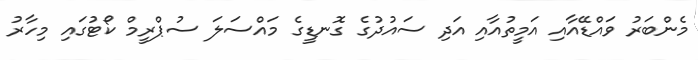
މެންބަރު ވައްޑޭއާއި އަމީތުއާއި އަދި ސައުދުގެ ގޮނޑީގެ މައްސަލަ ސުޕްރީމް ކޯޓުގައި މިހާރު